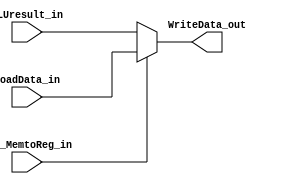
`timescale 1ns / 1ps
//6.097ns .
module WB(
// control signal
input Ctl_MemtoReg_in, 
input [31:0] LoadData_in, ALUresult_in,

output [31:0] WriteData_out
);

assign WriteData_out = (Ctl_MemtoReg_in)? LoadData_in : ALUresult_in;


endmodule